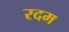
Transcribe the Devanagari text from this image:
रदम